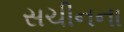
સચીનના